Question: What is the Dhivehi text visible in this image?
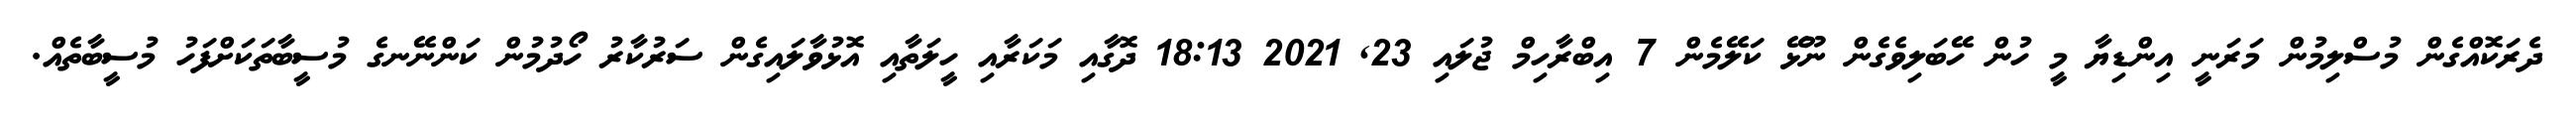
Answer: ދެރަކޮއްގެން މުސްލިމުން މަރަނީ އިންޑިޔާ މީ ހުން ހޭބަލިވެގެން ނޫޅޭ ކަލޭމެން 7 އިބްރާހިމް ޖުލައި 23, 2021 18:13 ދޮގާއި މަކަރާއި ހީލަތާއި އޮޅުވާލައިގެން ސަރުކާރު ހޯދުމުން ކަންނޭނގެ މުސީބާތަކަށްފަހު މުސީބާތެއް.